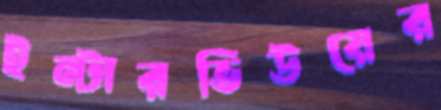
ইন্টারভিউয়ের